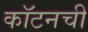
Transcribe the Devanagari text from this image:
कॉटनची